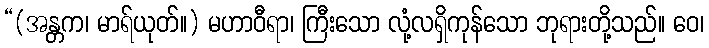
“(အန္တက၊ မာရ်ယုတ်။) မဟာဝီရာ၊ ကြီးသော လုံ့လရှိကုန်သော ဘုရားတို့သည်။ ဝေ၊